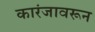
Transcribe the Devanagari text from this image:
कारंजावरून